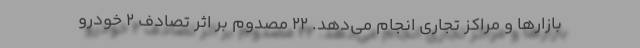
بازارها و مراکز تجاری انجام می‌دهد. 22 مصدوم بر اثر تصادف 2 خودرو